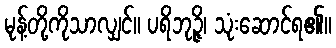
မုန့်တို့ကိုသာလျှင်။ ပရိဘုဉ္ဇိ၊ သုံးဆောင်ရ၏။